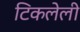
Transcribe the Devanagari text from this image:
टिकलेली